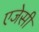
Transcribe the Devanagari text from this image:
एजेसी